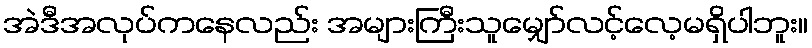
အဲဒီအလုပ်ကနေလည်း အများကြီးသူမျှော်လင့်လေ့မရှိပါဘူး။